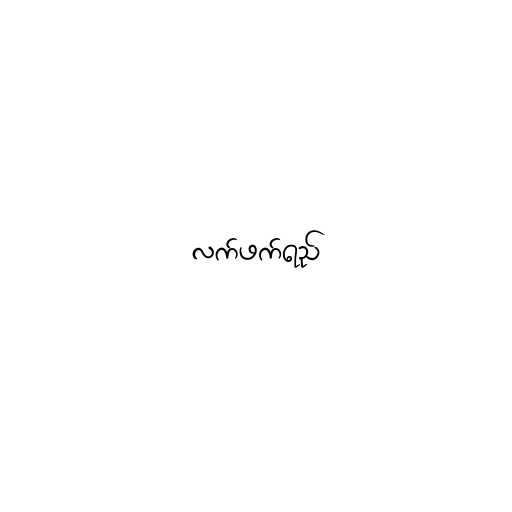
လက်ဖက်ရည်